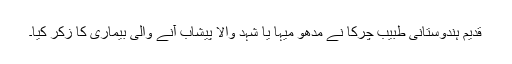
قدیم ہندوستانی طبیب چرکا نے مدھو میہا یا شہد والا پیشاب آنے والی بیماری کا زکر کیا۔